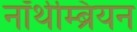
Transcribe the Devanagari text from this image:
नॉर्थम्ब्रियन